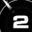
Digit: 2